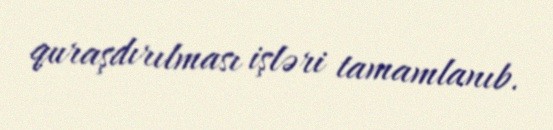
quraşdırılması işləri tamamlanıb.